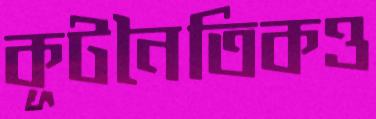
কূটনৈতিকও